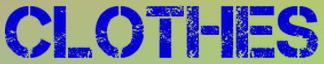
CLOTHES